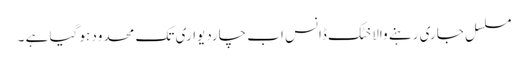
مسلسل جاری رہنے والا خٹک ڈانس اب چاردیواری تک محدود ہو گیا ہے ۔